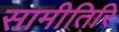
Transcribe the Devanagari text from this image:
सामीतिरि